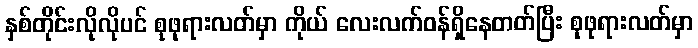
နှစ်တိုင်းလိုလိုပင် စုဖုရားလတ်မှာ ကိုယ် လေးလက်ဝန်ရှိနေတတ်ပြီး စုဖုရားလတ်မှာ